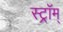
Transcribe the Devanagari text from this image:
स्ट्रॉम्‌